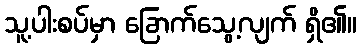
သူ့ပါးစပ်မှာ ခြောက်သွေ့လျက် ရှိ၏။